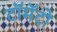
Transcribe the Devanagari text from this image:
टॉमॅटो